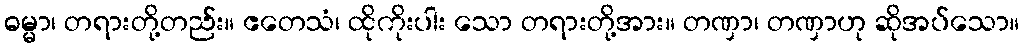
ဓမ္မာ၊ တရားတို့တည်း။ ဧတေသံ၊ ထိုကိုးပါး သော တရားတို့အား။ တဏှာ၊ တဏှာဟု ဆိုအပ်သော။